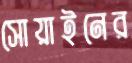
সোয়াইনের